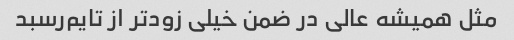
مثل همیشه عالی در ضمن خیلی زود‌تر از تایم‌رسبد